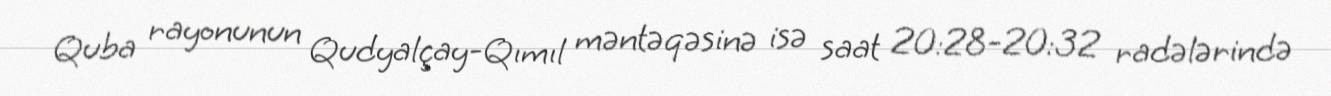
Quba rayonunun Qudyalçay-Qımıl məntəqəsinə isə saat 20:28-20:32 radələrində